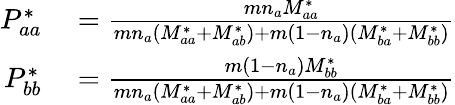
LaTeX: \begin{array}{rl}{P_{aa}^{*}}&{{}=\frac{mn_{a}M_{aa}^{*}}{mn_{a}(M_{aa}^{*}+M_{ab}^{*})+m(1-n_{a})(M_{ba}^{*}+M_{bb}^{*})}}\\ {P_{bb}^{*}}&{{}=\frac{m(1-n_{a})M_{bb}^{*}}{mn_{a}(M_{aa}^{*}+M_{ab}^{*})+m(1-n_{a})(M_{ba}^{*}+M_{bb}^{*})}}\end{array}